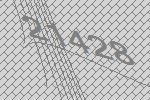
21428